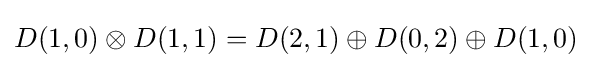
D(1,0)\otimes D(1,1)=D(2,1)\oplus D(0,2)\oplus D(1,0)